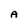
Character: A